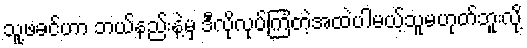
သူ့ဖခင်ဟာ ဘယ်နည်းနဲ့မှ ဒီလိုလုပ်ကြံတဲ့အထဲပါမယ့်သူမဟုတ်ဘူးလို့